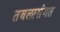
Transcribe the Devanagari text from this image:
तबलासंगत